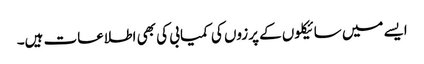
ایسے میں سائیکلوں کے پرزوں کی کمیابی کی بھی اطلاعات ہیں۔